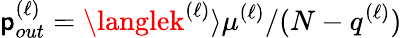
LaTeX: \mathsf{p}_{out}^{(\ell)}=\langlek^{(\ell)}\rangle\mu^{(\ell)}/(N-q^{(\ell)})